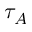
\tau _ { A }